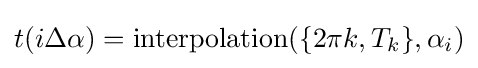
t(i\Delta \alpha )={\text{interpolation}}(\{2\pi k,T_{k}\},\alpha _{i})